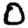
Digit: 0